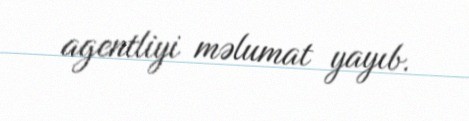
agentliyi məlumat yayıb.